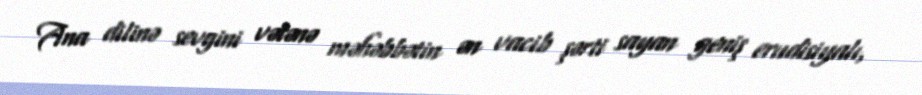
Ana dilinə sevgini vətənə məhəbbətin ən vacib şərti sayan geniş erudisiyalı,